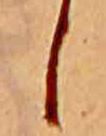
し